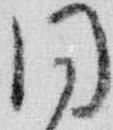
同